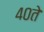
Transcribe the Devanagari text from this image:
४०ते